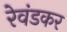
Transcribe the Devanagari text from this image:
रेवंडकर